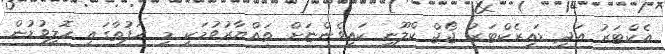
އެކްޓަރު އަދި ޑައިރެކްޓަރު ޖޯޖް ކްލޫނީ ކައިވެންޏަށް ތައްޔާރުވުމަކީ މި ހަފުތާގައި ހޮލީވުޑުން